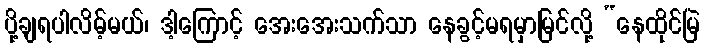
ပို့ချရပါလိမ့်မယ်၊ ဒါ့ကြောင့် အေးအေးသက်သာ နေခွင့်မရမှာမြင်လို့ “နေထိုင်မြဲ